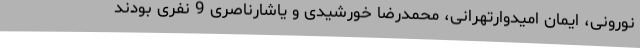
نورونی، ایمان امیدوارتهرانی، محمدرضا خورشیدی و یاشارناصری 9 نفری بودند